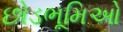
છોડભૂમિઓ